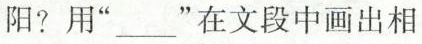
阳?用”___”在文段中画出相